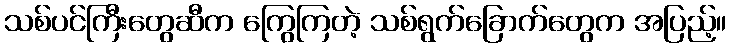
သစ်ပင်ကြီးတွေဆီက ကြွေကြတဲ့ သစ်ရွက်ခြောက်တွေက အပြည့်။